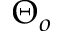
\Theta _ { o }